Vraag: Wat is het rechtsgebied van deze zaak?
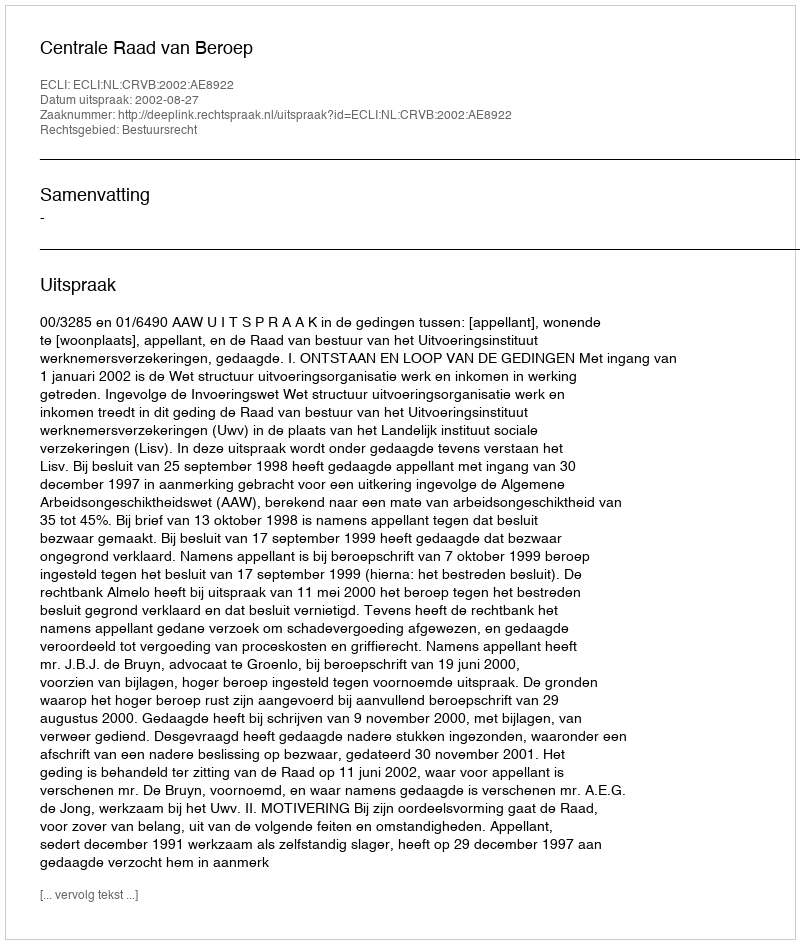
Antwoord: Bestuursrecht